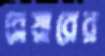
ব্লেয়ারের